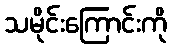
သမိုင်းကြောင်းကို